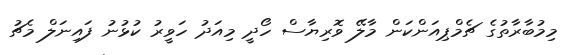
މިމުބާރާތުގެ ޗެމްޕިއަންކަން މާލޭ ވޮރިޔާސް ހޯދީ މިއަދު ހަވީރު ކުޅުނު ފައިނަލް މެޗު